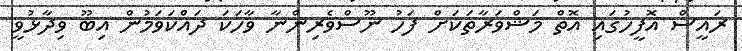
ރައީސް އޮފީހުގައި އޮތް މަޝްވަރާތަކަށް ފަހު ނޫސްވެރިންނާ ވާހަކަ ދައްކަވަމުން އިބޫ ވިދާޅުވީ